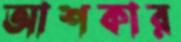
আশকার